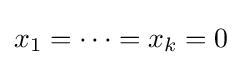
x_{1}=\cdots =x_{k}=0